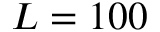
L = 1 0 0